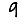
Digit: 9